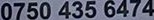
0750 435 6474